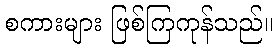
စကားများ ဖြစ်ကြကုန်သည်။